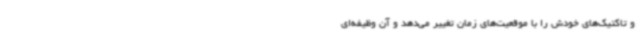
و تاکتیک‌های خودش را با موقعیت‌های زمان تغییر می‌دهد و آن وظیفه‌ای